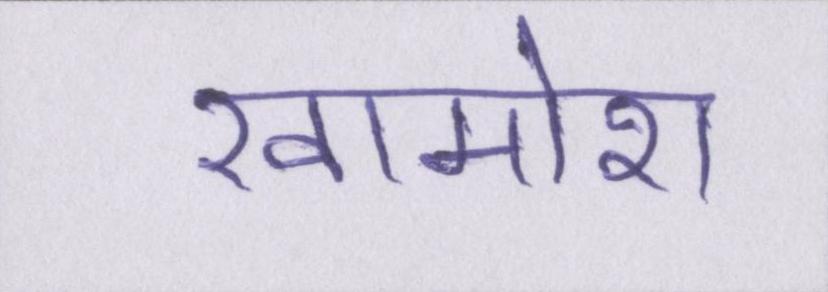
ख़ामोश